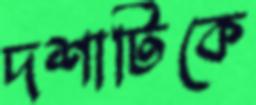
দশাটিকে